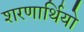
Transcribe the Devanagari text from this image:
शरणार्थियो